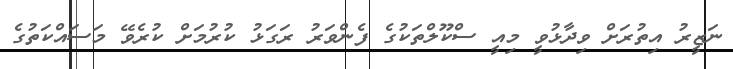
ނަޒީރު އިތުރަށް ވިދާޅުވީ މިއީ ސްކޫލްތަކުގެ ފެންވަރު ރަގަޅު ކުރުމަށް ކުރެވޭ މަސައްކަތުގެ